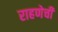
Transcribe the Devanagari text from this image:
राहणेची